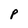
Character: P